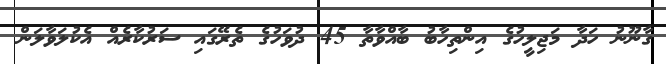
ގާނޫނު ހަދާ މަޖިލީހުގެ އިންތިހާބު ބާއްވާތާ 45 ދުވަހުގެ ތެރޭގައި ސަރުކާރެއް އެކުލަވާލަން